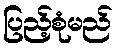
ပြည့်စုံမည်